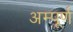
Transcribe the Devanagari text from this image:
अम्पूर्ण